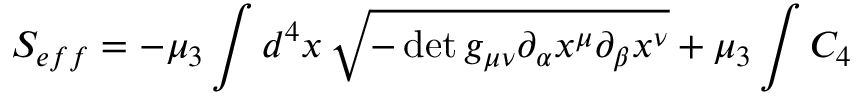
S _ { e f f } = - \mu _ { 3 } \int d ^ { 4 } x \, \sqrt { - \operatorname * { d e t } { g _ { \mu \nu } \partial _ { \alpha } x ^ { \mu } \partial _ { \beta } x ^ { \nu } } } + \mu _ { 3 } \int C _ { 4 }